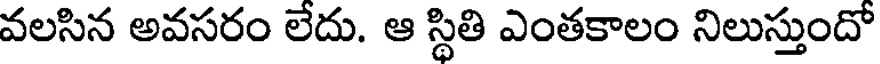
వలసిన అవసరం లేదు. ఆ స్థితి ఎంతకాలం నిలుస్తుందో